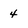
Character: 4